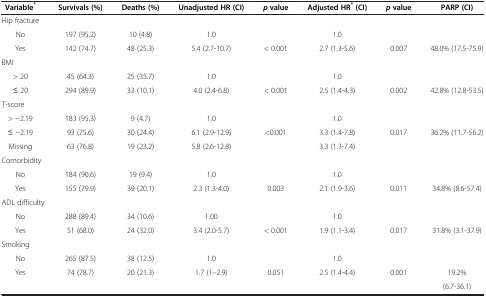
<table><thead><tr><td><b>Variable<sup>*</sup></b></td><td><b>Survivals (%)</b></td><td><b>Deaths (%)</b></td><td><b>Unadjusted HR (CI)</b></td><td><b><i>p </i>value</b></td><td><b>Adjusted HR<sup>* </sup>(CI)</b></td><td><b><i>p </i>value</b></td><td><b>PARP (CI)</b></td></tr></thead><tbody><tr><td>Hip fracture</td><td> </td><td> </td><td colspan="5"> </td></tr><tr><td>No</td><td>197 (95.2)</td><td>10 (4.8)</td><td>1.0</td><td> </td><td>1.0</td><td> </td><td> </td></tr><tr><td>Yes</td><td>142 (74.7)</td><td>48 (25.3)</td><td>5.4 (2.7-10.7)</td><td>&lt; 0.001</td><td>2.7 (1.3-5.6)</td><td>0.007</td><td>48.0% (17.5-75.9)</td></tr><tr><td colspan="8">BMI</td></tr><tr><td>&gt; 20</td><td>45 (64.3)</td><td>25 (35.7)</td><td>1.0</td><td> </td><td>1.0</td><td> </td><td> </td></tr><tr><td>≤ 20</td><td>294 (89.9)</td><td>33 (10.1)</td><td>4.0 (2.4-6.8)</td><td>&lt; 0.001</td><td>2.5 (1.4-4.3)</td><td>0.002</td><td>42.8% (12.8-53.5)</td></tr><tr><td colspan="8">T-score</td></tr><tr><td>&gt; −2.19</td><td>183 (95.3)</td><td>9 (4.7)</td><td>1.0</td><td> </td><td>1.0</td><td> </td><td> </td></tr><tr><td>≤ −2.19</td><td>93 (75.6)</td><td>30 (24.4)</td><td>6.1 (2.9-12.9)</td><td>&lt;0.001</td><td>3.3 (1.4-7.8)</td><td>0.017</td><td>36.2% (11.7-56.2)</td></tr><tr><td>Missing</td><td>63 (76.8)</td><td>19 (23.2)</td><td>5.8 (2.6-12.8)</td><td> </td><td>3.3 (1.3-7.4)</td><td> </td><td> </td></tr><tr><td colspan="8">Comorbidity</td></tr><tr><td>No</td><td>184 (90.6)</td><td>19 (9.4)</td><td>1.0</td><td> </td><td>1.0</td><td> </td><td> </td></tr><tr><td>Yes</td><td>155 (79.9)</td><td>39 (20.1)</td><td>2.3 (1.3-4.0)</td><td>0.003</td><td>2.1 (1.9-3.6)</td><td>0.011</td><td>34.8% (8.6-57.4)</td></tr><tr><td colspan="8">ADL difficulty</td></tr><tr><td>No</td><td>288 (89.4)</td><td>34 (10.6)</td><td>1.00</td><td> </td><td>1.0</td><td> </td><td> </td></tr><tr><td>Yes</td><td>51 (68.0)</td><td>24 (32.0)</td><td>3.4 (2.0-5.7)</td><td>&lt; 0.001</td><td>1.9 (1.1-3.4)</td><td>0.017</td><td>31.8% (3.1-37.9)</td></tr><tr><td colspan="8">Smoking</td></tr><tr><td>No</td><td>265 (87.5)</td><td>38 (12.5)</td><td>1.0</td><td> </td><td>1.0</td><td> </td><td> </td></tr><tr><td rowspan="2">Yes</td><td rowspan="2">74 (78.7)</td><td rowspan="2">20 (21.3)</td><td rowspan="2">1.7 (1–2.9)</td><td rowspan="2">0.051</td><td rowspan="2">2.5 (1.4-4.4)</td><td rowspan="2">0.001</td><td>19.2%</td></tr><tr><td>(6.7-36.1)</td></tr></tbody></table>